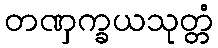
တဏှက္ခယသုတ္တံ